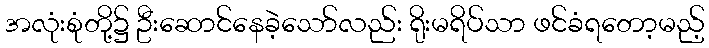
အလုံးစုံတို့၌ ဦးဆောင်နေခဲ့သော်လည်း ရိုးမရိပ်သာ ဖင်ခံရတော့မည့်